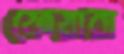
ফেয়ারা